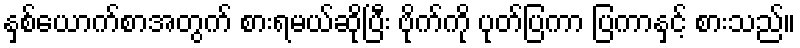
နှစ်ယောက်စာအတွက် စားရမယ်ဆိုပြီး ဗိုက်ကို ပုတ်ပြကာ ပြကာနှင့် စားသည်။